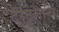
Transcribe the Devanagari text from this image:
टॅरंटुलाचं